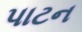
પાટન